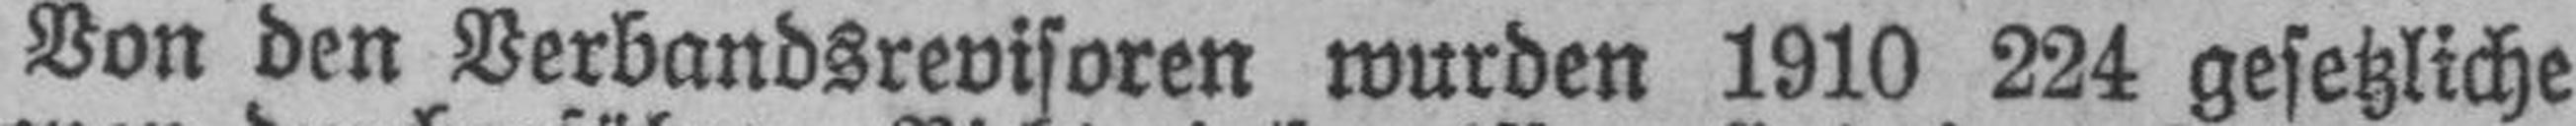
Von den Verbandsrevisoren wurden 1910 224 gesetzliche